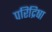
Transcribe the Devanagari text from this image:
परिद्रिषा